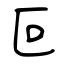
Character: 叵